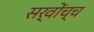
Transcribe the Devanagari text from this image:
सर्वोंच्च